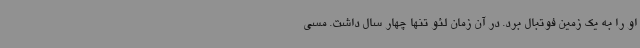
او را به یک زمین فوتبال برد. در آن زمان لئو تنها چهار سال داشت. مسی